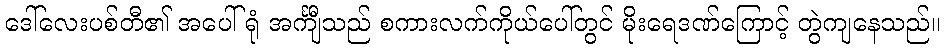
ဒေါ်လေးပစ်တီ၏ အပေါ်ရုံ အင်္ကျီသည် စကားလက်ကိုယ်ပေါ်တွင် မိုးရေဒဏ်ကြောင့် တွဲကျနေသည်။